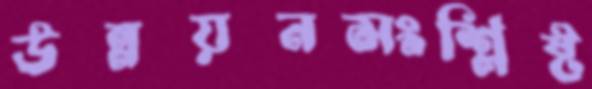
উন্নয়নসংশ্লিষ্ট